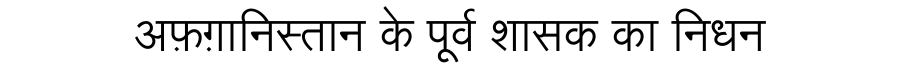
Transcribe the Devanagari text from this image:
अफ़ग़ानिस्तान के पूर्व शासक का निधन